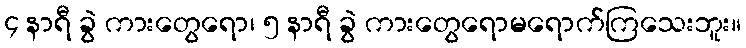
၄ နာရီ ခွဲ ကားတွေရော၊ ၅ နာရီ ခွဲ ကားတွေရောမရောက်ကြသေးဘူး။